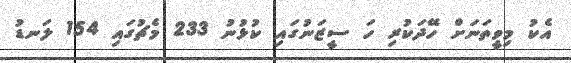
އެކު މިވީތަނަށް ހޭދަކުރި ހަ ސީޒަނުގައި ކުޅުނު 233 މެޗުގައި 154 ލަނޑު